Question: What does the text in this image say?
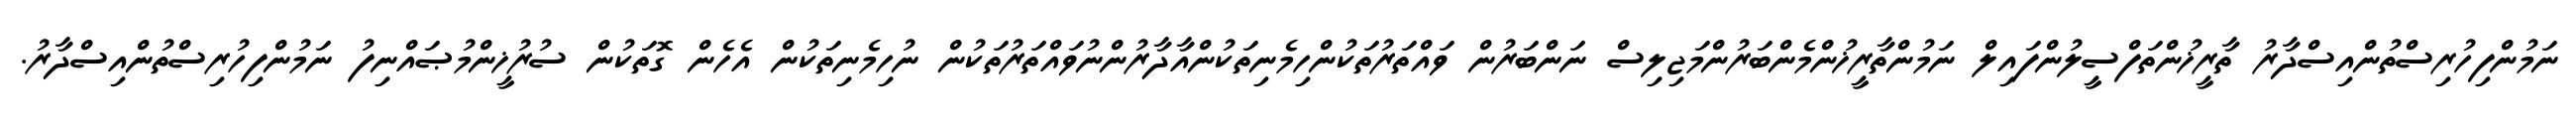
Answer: ނަމުންފިހުރިސްތުންއިސްދާރު ތާރީޚުންތަފްސީލުންފައިލް ނަމުންތާރީޚުންމެންބަރުންމަޖިލިސް ނަންބަރުން ވައްތަރުތަކުންހިމެނިތަކުންއާދާރުންނުވައްތަރުތަކުން ނުހިމެނިތަކުން އެހެން ގޮތަކުން ސުރުޚީންމުޞައްނިފު ނަމުންފިހުރިސްތުންއިސްދާރު.